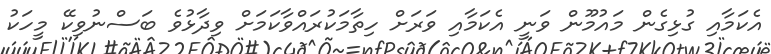
އެކަމާއި ގުޅިގެން މައުމޫން ވަނީ އެކަމާއި ވަރަށް ހިތާމަކުރައްވާކަމަށް ވިދާޅުވެ ބަސްނުވިކޭ މީހަކު